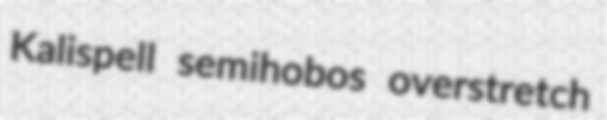
Kalispell semihobos overstretch